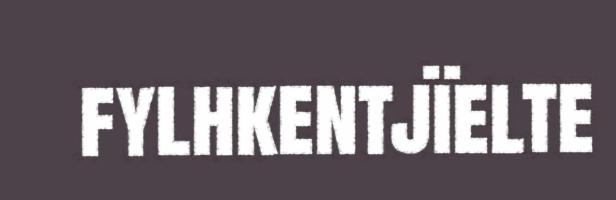
fylhkentjïelte